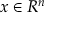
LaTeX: x \in R ^ { n }